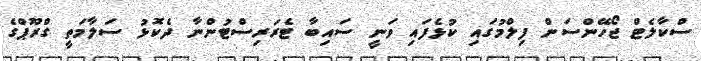
ސްކާލެޓް ޖޯހޭންސަން ފިލްމުގައި ކުޅެފައި ވަނީ ސައިބާ ޓެރަރިސްޓުންނާ ދެކޮޅު ސަލާމަތީ ގްރޫޕްގެ